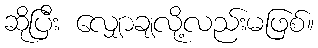
ဆိုပြီး လျှောချလို့လည်းမဖြစ်။